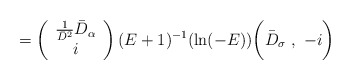
\begin{align*}=\left(\begin{array}{c}\frac{1}{\bar{D}^2}\bar{D}_\alpha\\i\end{array}\right)(E+1)^{-1}(\mathrm{ln}(-E))\biggl(\bar{D}_\sigma\ ,\ -i\biggr)\end{align*}